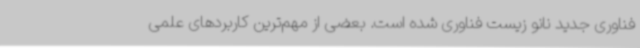
فناوری جدید نانو زیست فناوری شده است. بعضی از مهم‌ترین کاربردهای علمی